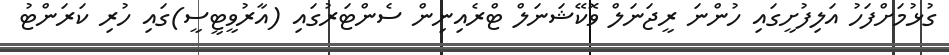
ގުޅުމަށްފަހު އަލިފުށީގައި ހުންނަ ރީޖަނަލް ވޮކޭޝަނަލް ޓްރެއިނިން ސެންޓަރުގައި (އާރުވީޓީސީ)ގައި ހުރި ކަރަންޓު